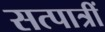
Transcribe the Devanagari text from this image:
सत्पात्रीं